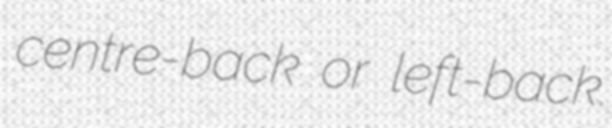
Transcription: centre-back or left-back.